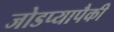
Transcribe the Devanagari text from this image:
जोडप्यापैकी